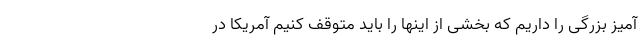
آمیز بزرگی را داریم که بخشی از اینها را باید متوقف کنیم آمریکا در